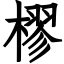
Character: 樛